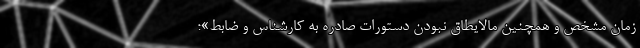
زمان مشخص و همچنین مالایُطاق نبودن دستورات صادره به کارشناس و ضابط»؛